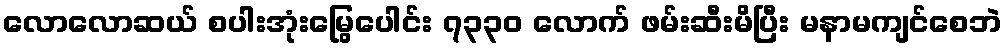
လောလောဆယ် စပါးအုံးမြွေပေါင်း ၇၃၃၀ လောက် ဖမ်းဆီးမိပြီး မနာမကျင်စေဘဲ